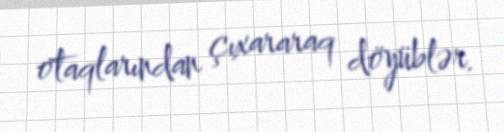
otaqlarından çıxararaq döyüblər.